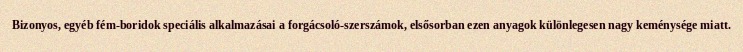
Bizonyos, egyéb fém-boridok speciális alkalmazásai a forgácsoló-szerszámok, elsősorban ezen anyagok különlegesen nagy keménysége miatt.